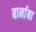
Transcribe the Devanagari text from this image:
बार्नाबा